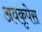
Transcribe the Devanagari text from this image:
अवकृपेस